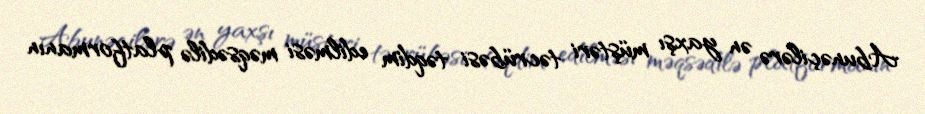
Abunəçilərə ən yaxşı müştəri təcrübəsi təqdim edilməsi məqsədilə platformanın